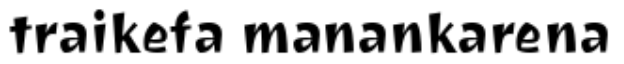
traikefa manankarena